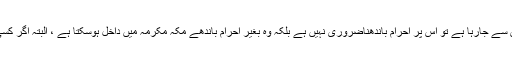
۴- جو شخص مکہ مکرمہ میں حج وعمرہ کی غرض سے نہیں بلکہ کام ، زیارت یا کسی اور غرض سے جارہا ہے تو اس پر احرام باندھناضروری نہیں ہے بلکہ وہ بغیر احرام باندھے مکہ مکرمہ میں داخل ہوسکتا ہے ، البتہ اگر کسی نے اس سے قبل عمرہ و حج نہیں کیا ہے تو بہتر ہے کہ احرام باندھ کر مکہ مکرمہ میں داخل ہو ۔